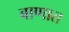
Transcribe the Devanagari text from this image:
बाणात